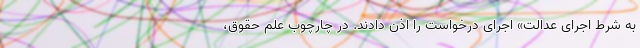
به شرط اجرای عدالت» اجرای درخواست را اذن دادند. در چارچوب علم حقوق،